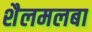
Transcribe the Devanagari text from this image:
शैलमलबा